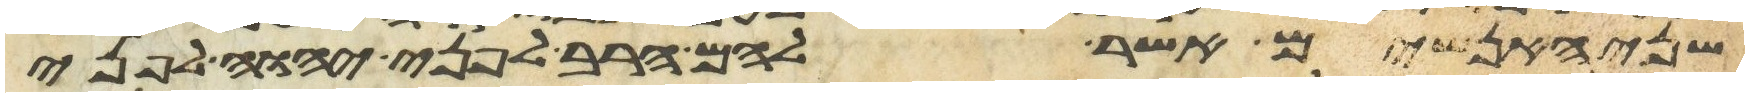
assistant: שני האנשים אשר להם הריב לפני יהוה לפני